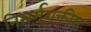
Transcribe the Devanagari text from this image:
निसर्गशक्तीस